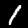
Digit: 1